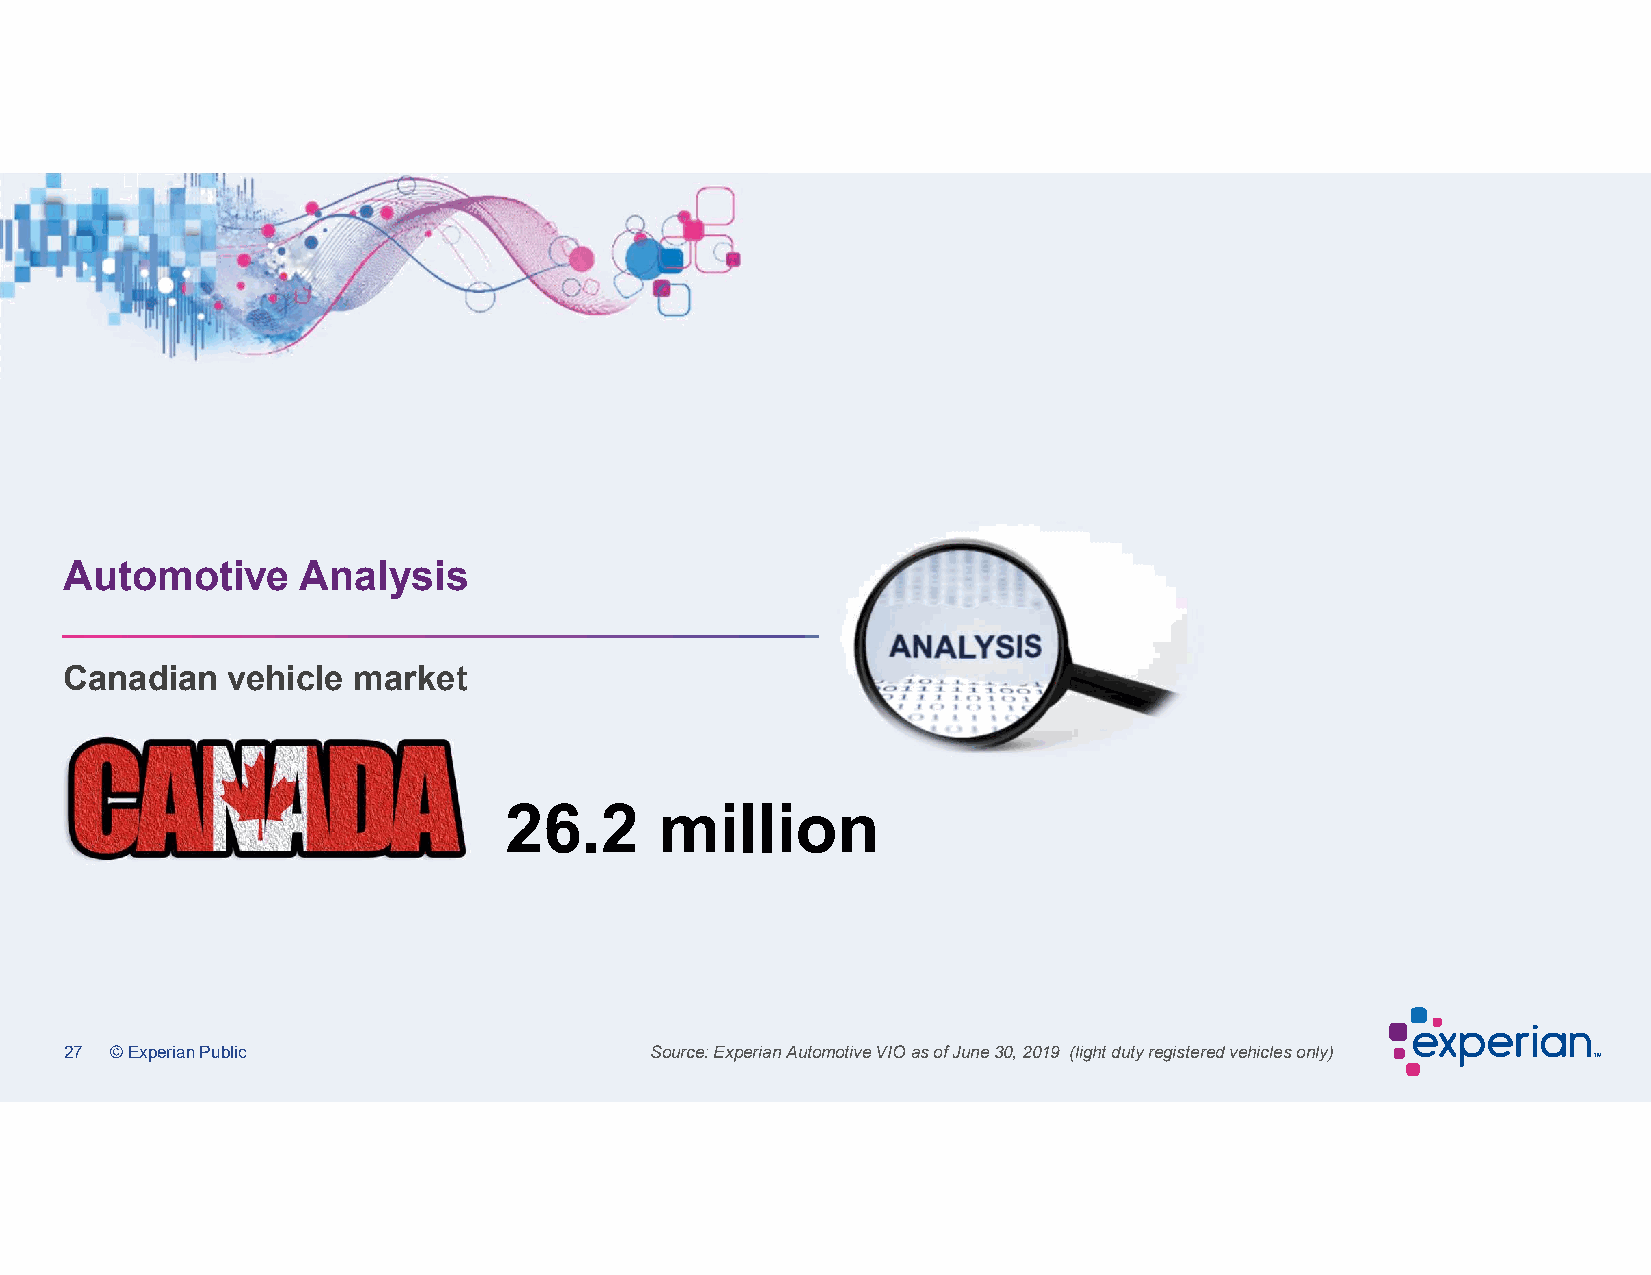
Automotive      Analysis
 Canadian   vehicle market
 26.2       million
 27 © Experian Public                   Source: Experian Automotive VIO as of June 30, 2019 (light duty registered vehicles only)